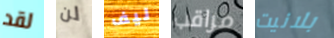
لقد لن ليف مراقب بلانيت